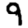
Digit: 9